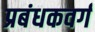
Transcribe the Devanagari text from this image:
प्रबंधकवर्ग